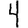
Digit: 4